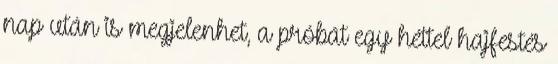
nap után is megjelenhet, a próbát egy héttel hajfestés